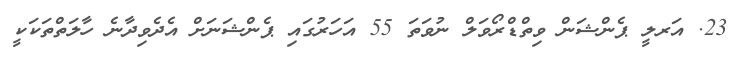
23. އަރލީ ޕެންޝަން ވިތްޑްރޯވަލް ނުވަތަ 55 އަހަރުގައި ޕެންޝަނަށް އެދެވިދާނެ ހާލަތްތަކަކީ